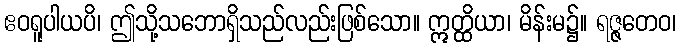
ဧဝရူပါယပိ၊ ဤသို့သဘောရှိသည်လည်းဖြစ်သော။ ဣတ္ထိယာ၊ မိန်းမ၌။ ရဇ္ဇတေဝ၊